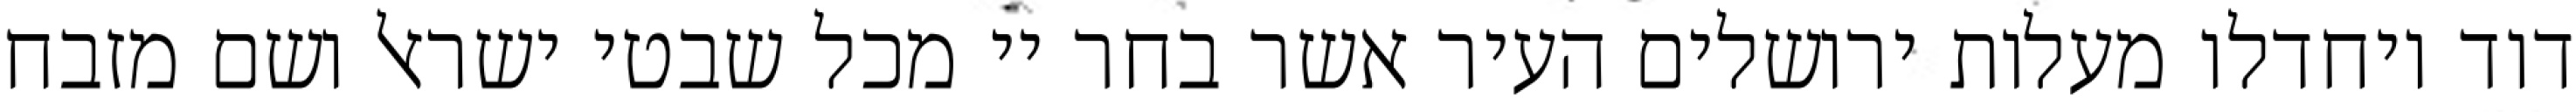
דוד ויחדלו מעלות ירושלים העיר אשר בחר יי מכל שבטי ישראל ושם מזבח